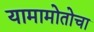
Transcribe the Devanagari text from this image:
यामामोतोचा